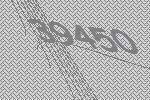
39450